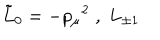
\tilde { L } _ { 0 } = - { p _ { \mu } } ^ { 2 } \; , \; L _ { \pm 1 }